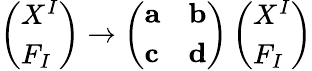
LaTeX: \left(\begin{array}{l}{{X^{I}}}\\ {{F_{I}}}\end{array}\right)\rightarrow\left(\begin{array}{ll}{{{\mathbf a}}}&{{{\mathbf b}}}\\ {{{\mathbf c}}}&{{{\mathbf d}}}\end{array}\right)\left(\begin{array}{l}{{X^{I}}}\\ {{F_{I}}}\end{array}\right)